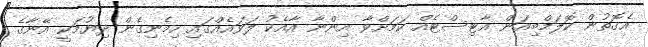
އެގޮތުން ކޮލަމްބިއަން އާޓިސްޓެއް ކަމަށްވާ އިންނާ އާއެކު ލަވައެއްގައި ހިމެނިގެން ދިޔުމަކީ އޭނާގެ